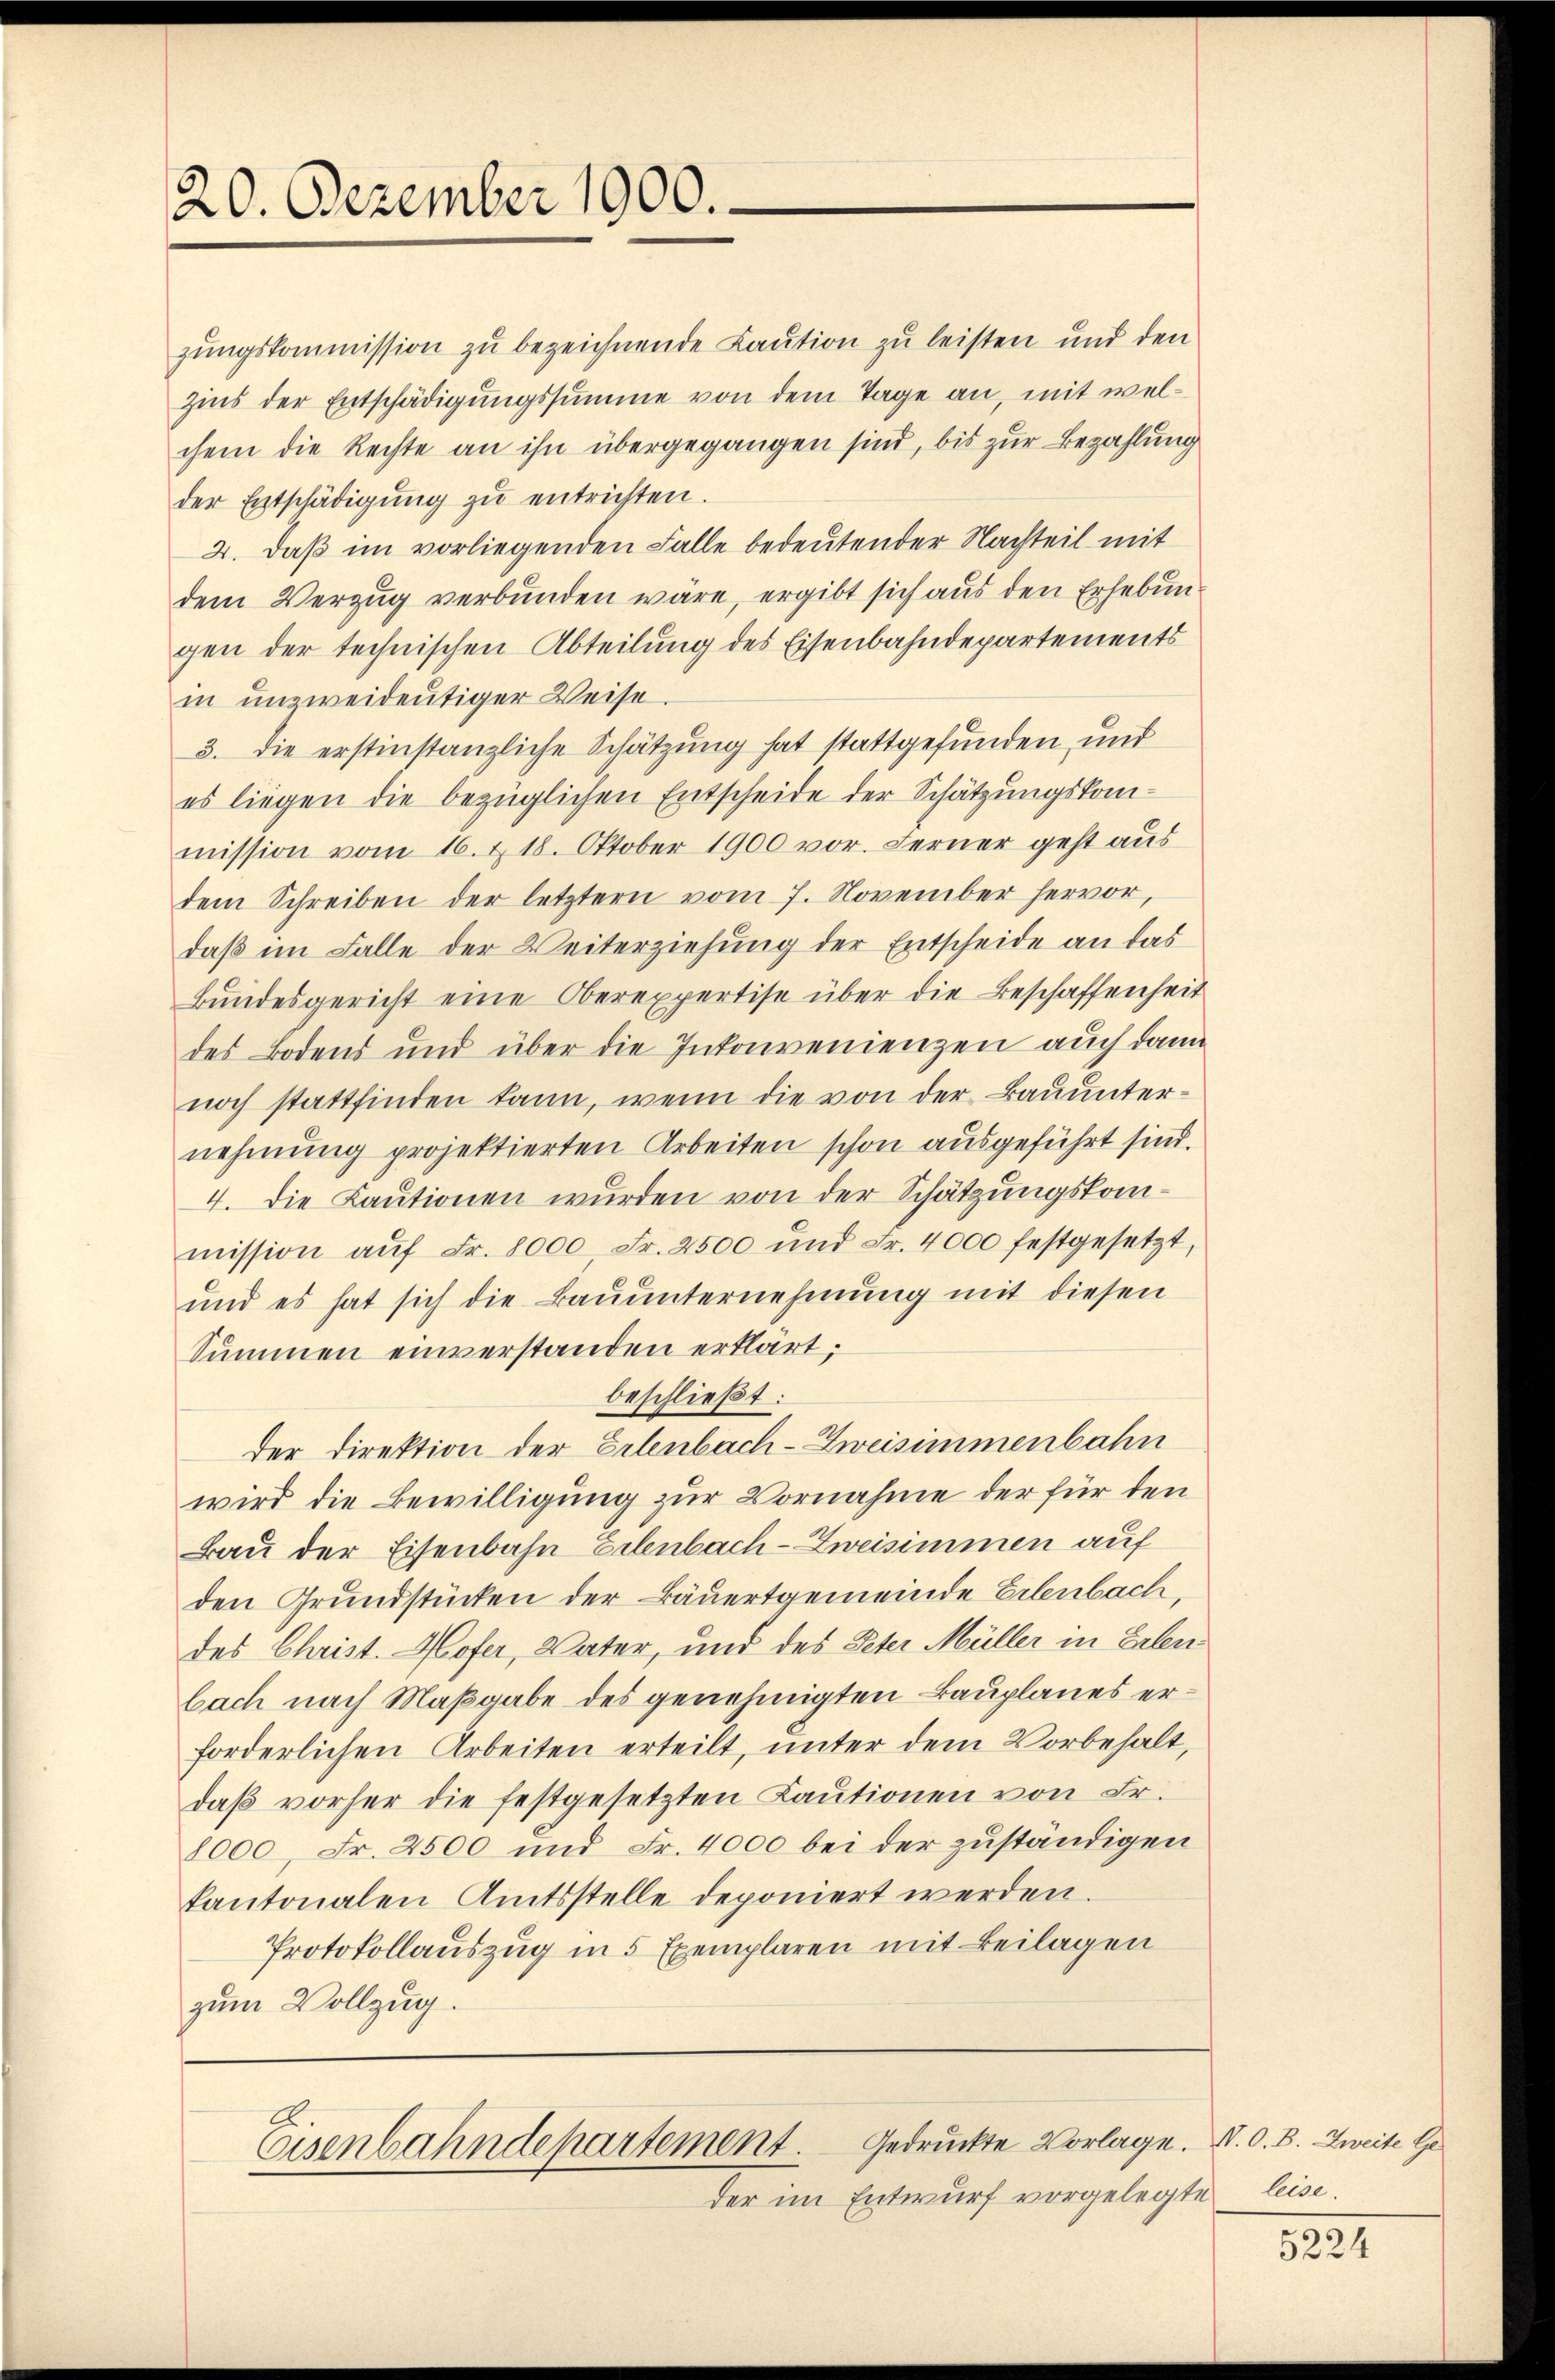
20. Dezember 1900.

zungskommission zu bezeichnende Laution zu leisten und den
zins der Entschädigungssumme von dem Tage an, mit welchem die Rechte an ihn übergegangen sind, bis zur Bezahlung
der Entschädigŭng zŭ entrichten.
2. Daß im vorliegenden Falle bedeutender Nachteil mit
dem Verzug verbunden wäre, ergibt sich aus den Erhebungen der technischen Abteilung des Eisenbahndepartements
in unzweideutiger Weise
3. die erstinstanzliche Schätzung hat stattgefunden und
es liegen die bezüglichen Entscheide der Schätzungskommission vom 16. & 18. Oktober 1900 vor. Ferner geht aus
dem Schreiben der letztern vom 7. November hervor,
daß im Falle der Weiterziehung der Entscheide an das
Bundesgericht eine Oberexpertise über die Beschaffenheit
des Bodens und über die Inkonvenienzen auch dann
noch stattfinden kann, wenn die von der Bauunternehmung projektierten Arbeiten schon ausgeführt sind.
4. Die Kautionen wurden von der Schätzungskommission aŭf Fr. 8000 Fr. 2500 und Fr. 4000 festgesetzt,
und es hat sich die Bauunternehmung mit diesen
Summen einverstanden erklärt;
beschließt:
der Direktion der Erlenbach-Zweisimmenbahn
wird die Bewilligung zur Vornahme der für den
Bau der Eisenbahn Erlenbach-Zweisimmen auf
den Grundstücken der Bäuertgemeinde Erlenbach,
des Christ. Hofer, Vater, und des Peter Müller in Erlenbach nach Maßgabe des genehmigten Bauplanes erforderlichen Arbeiten erteilt, unter dem Vorbehalt,
daβ vorher die festgesetzten Kaŭtionen von Fr.
8000, Fr. 2500 und Fr. 4000 bei der zuständigen
kantonalen Amtsstelle deponiert werden.
Protokollauszug in 5 Exemplaren mit Beilagen
zum Vollzug.

Gedruckte Vorlage. N. O. B. Zweite Ge
Eisenbahndepartement.
der im Entwurf vorgelegte

leise.

5224